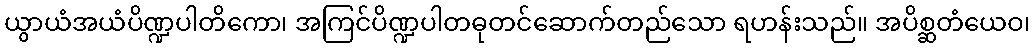
ယွာယံအယံပိဏ္ဍပါတိကော၊ အကြင်ပိဏ္ဍပါတဓုတင်ဆောက်တည်သော ရဟန်းသည်။ အပိစ္ဆတံယေဝ၊